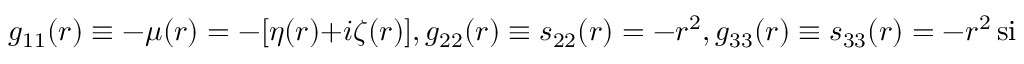
g _ { 1 1 } ( r ) \equiv - \mu ( r ) = - [ \eta ( r ) + i \zeta ( r ) ] , g _ { 2 2 } ( r ) \equiv s _ { 2 2 } ( r ) = - r ^ { 2 } , g _ { 3 3 } ( r ) \equiv s _ { 3 3 } ( r ) = - r ^ { 2 } \sin ^ { 2 } \theta , g _ { 0 0 } ( r ) \equiv \gamma ( r ) = \alpha ( r ) + i \beta ( r ) .